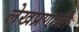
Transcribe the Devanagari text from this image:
लेखप्रणाली